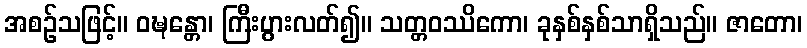
အစဉ်သဖြင့်။ ဝဍ္ဎန္တော၊ ကြီးပွားလတ်၍။ သတ္တဝဿိကော၊ ခုနှစ်နှစ်သာရှိသည်။ ဇာတော၊